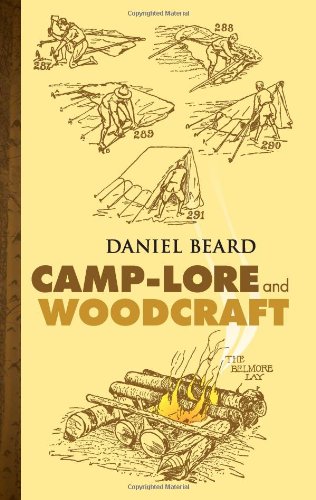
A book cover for Camp-Lore and Woodcraft; Daniel C. Beard; Sports & Outdoors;